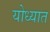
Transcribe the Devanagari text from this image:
योध्यात